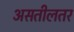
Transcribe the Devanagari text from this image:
असतीलतर